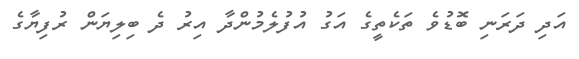
އަދި ދަރަނި ބޮޑުވެ ތަކެތީގެ އަގު އުފުލެމުންދާ އިރު ދެ ބިލިޔަން ރުފިޔާގެ